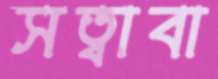
সত্বাবা